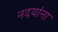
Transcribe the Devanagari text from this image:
नदयांना